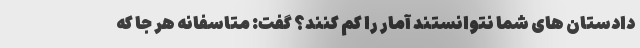
دادستان های شما نتوانستند آمار را کم کنند؟ گفت: متاسفانه هر جا که